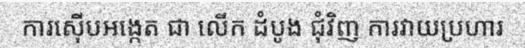
ការស៊ើបអង្កេត ជា លើក ដំបូង ជុំវិញ ការវាយប្រហារ